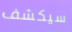
سيكشف